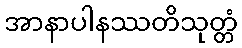
အာနာပါနဿတိသုတ္တံ